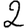
Digit: 2